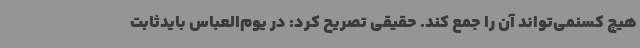
هیچ کسنمی‌تواند آن را جمع کند. حقیقی تصریح کرد: در یوم‌العباس بایدثابت